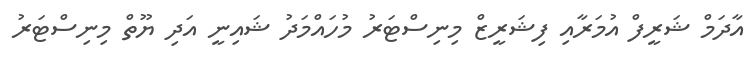
އާދަމް ޝަރީފް އުމަރާއި ފިޝަރީޒް މިނިސްޓަރު މުހައްމަދު ޝައިނީ އަދި ޔޫތް މިނިސްޓަރު